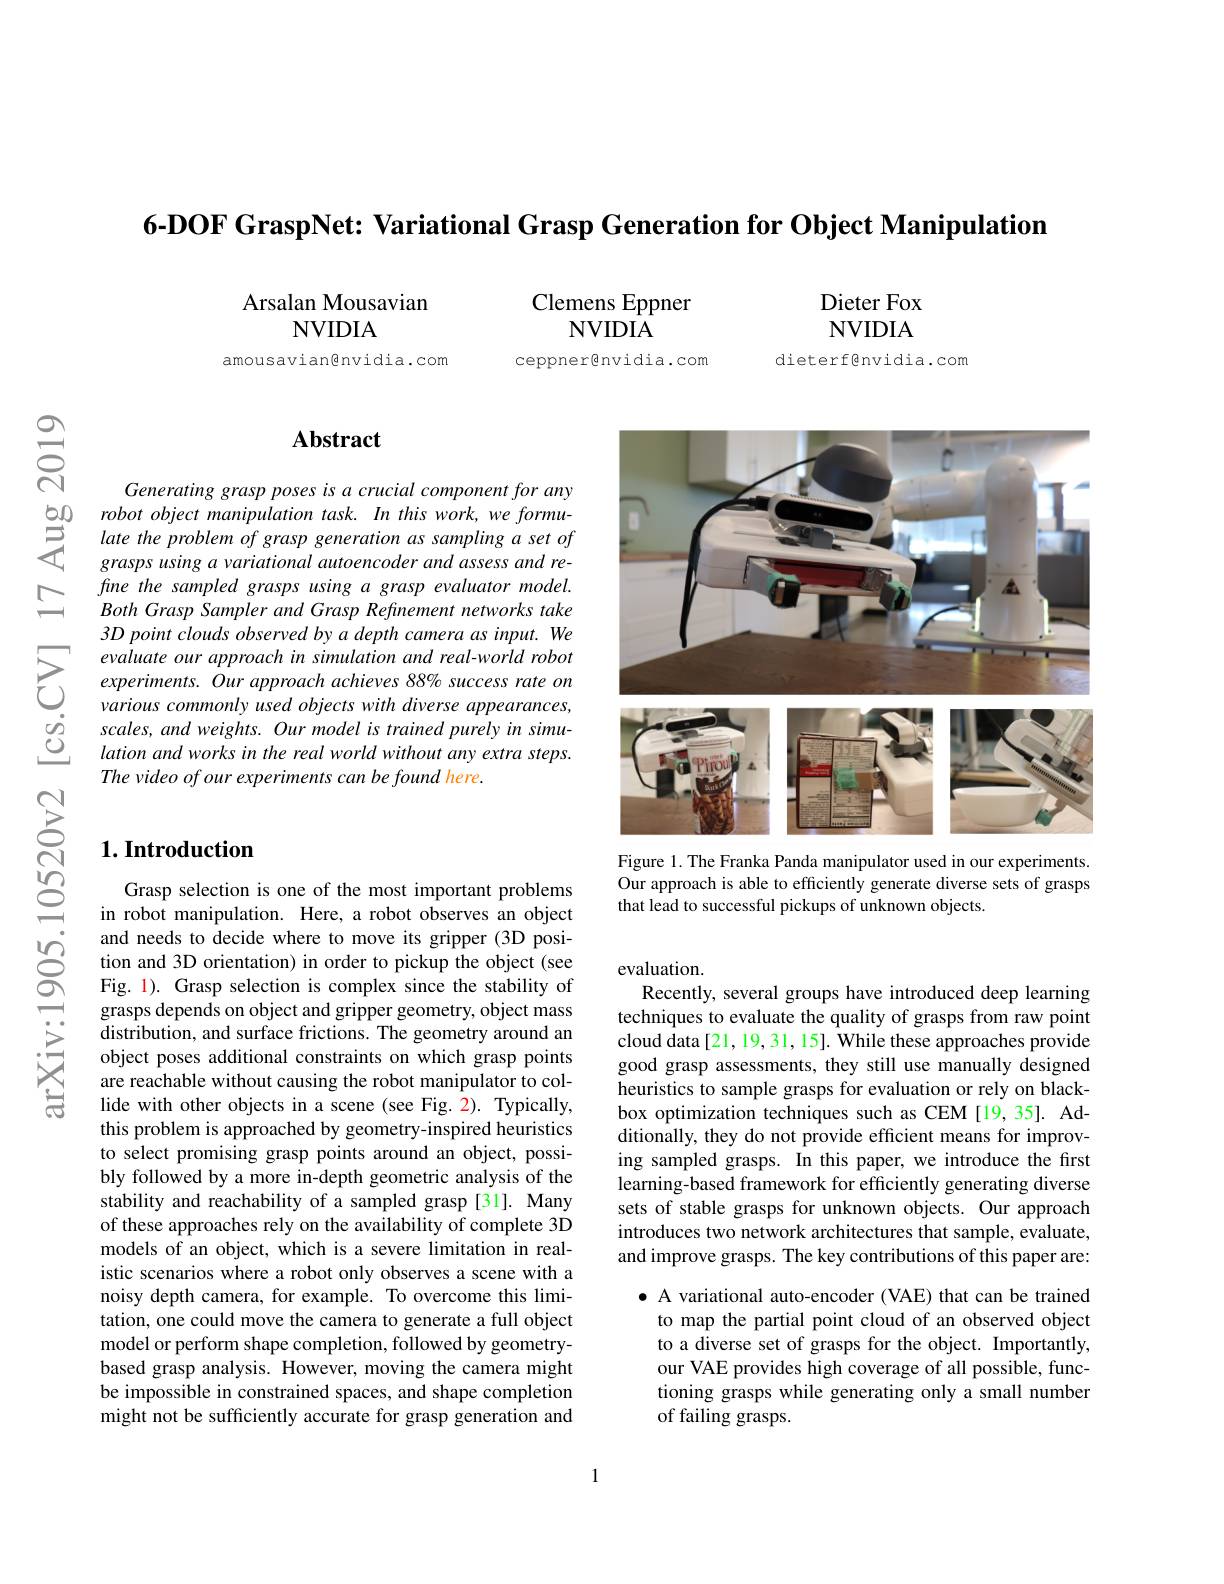
6-DOF GraspNet: Variational

Arsalan Mousavian
NVIDIA

amousavian@nvidia.com

$స్సి$

## $1. \textbf{Introduction}$

### $\mathbf{Abstract}$

Generating grasp poses is a crucial component for any
grasps using a variational autoencoder and assess and refine the sampled grasps usin Both Grasp Sampler and Grasp 3D point clouds observed by a depth camera as input. We
$\sum_{\begin{array}{ccc}&evaluate&our&appr\end{array}}$ various commonly used objects with diverse appearances, $\dot{o} _{2}$scales, and weights. Our model is trained purely in simu- lation and works in the real world without any extra steps.
The video of our experiments can be found here.

Dieter Fox NVIDIA

Clemens Eppner
NVIDIA

ceppner@nvidia.com

dieterf@nvidia.com

<FigureHere>

Figure 1. The Franka Panda manipulator used in our experiments. Our approach is able to efficiently generate diverse sets of grasps that lead to successful pickups of unknown objects.

evaluation.
Recently, several groups have introduced deep learning techniques to evaluate the quality of grasps from raw point $\hat{\text{cloud data[21,19,31,15].While these approaches provide}}$ good grasp assessments, they heuristics to sample grasps for evaluation or rely on blackbox optimization techniques ditionally, they do not provide efficient means for improving sampled grasps. In this paper, we introduce the first learning-based framework for efficiently generating diverse sets of stable grasps for unknown objects. Our approach introduces two network archi and improve grasps. The key

Grasp selection is one of th in robot manipulation. Here, and needs to decide where to tion and 3D orientation) in Fig. 1). Grasp selection is grasps depends on object and distribution, and surface fr object poses additional cons are reachable without causin lide with other objects in a this problem is approached b to select promising grasp po bly followed by a more in-depth geometric analysis of the stability and reachability of a sampled grasp [31]. Many of these approaches rely on the availability of complete 3D models of an object, which is a severe limitation in realistic scenarios where a robot only observes a scene with a noisy depth camera, for example. To overcome this limitation, one could move the camera to generate a full object model or perform shape completion, followed by geometrybased grasp analysis. However, moving the camera might be impossible in constrained spaces, and shape completion might not be sufficiently accurate for grasp generation and

$\bullet$ A variational auto-encoder (VAE) that can be trained
to map the partial point cloud of an observed object to a diverse set of grasps for the object. Importantly, our VAE provides high coverage of all possible, functioning grasps while generating only a small number of failing grasps.